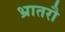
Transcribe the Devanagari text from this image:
भ्रातरौ